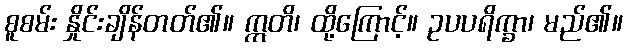
စူစမ်း နှိုင်းချိန်တတ်၏။ ဣတိ၊ ထို့ကြောင့်။ ဥပပရိက္ခာ၊ မည်၏။